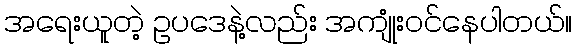
အရေးယူတဲ့ ဥပဒေနဲ့လည်း အကျုံးဝင်နေပါတယ်။